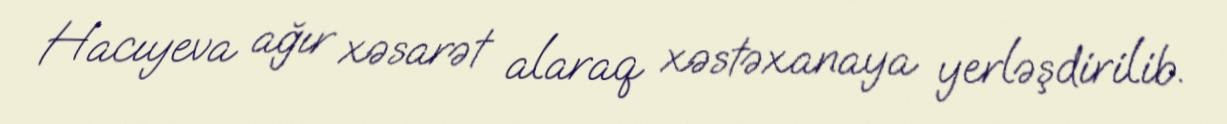
Hacıyeva ağır xəsarət alaraq xəstəxanaya yerləşdirilib.